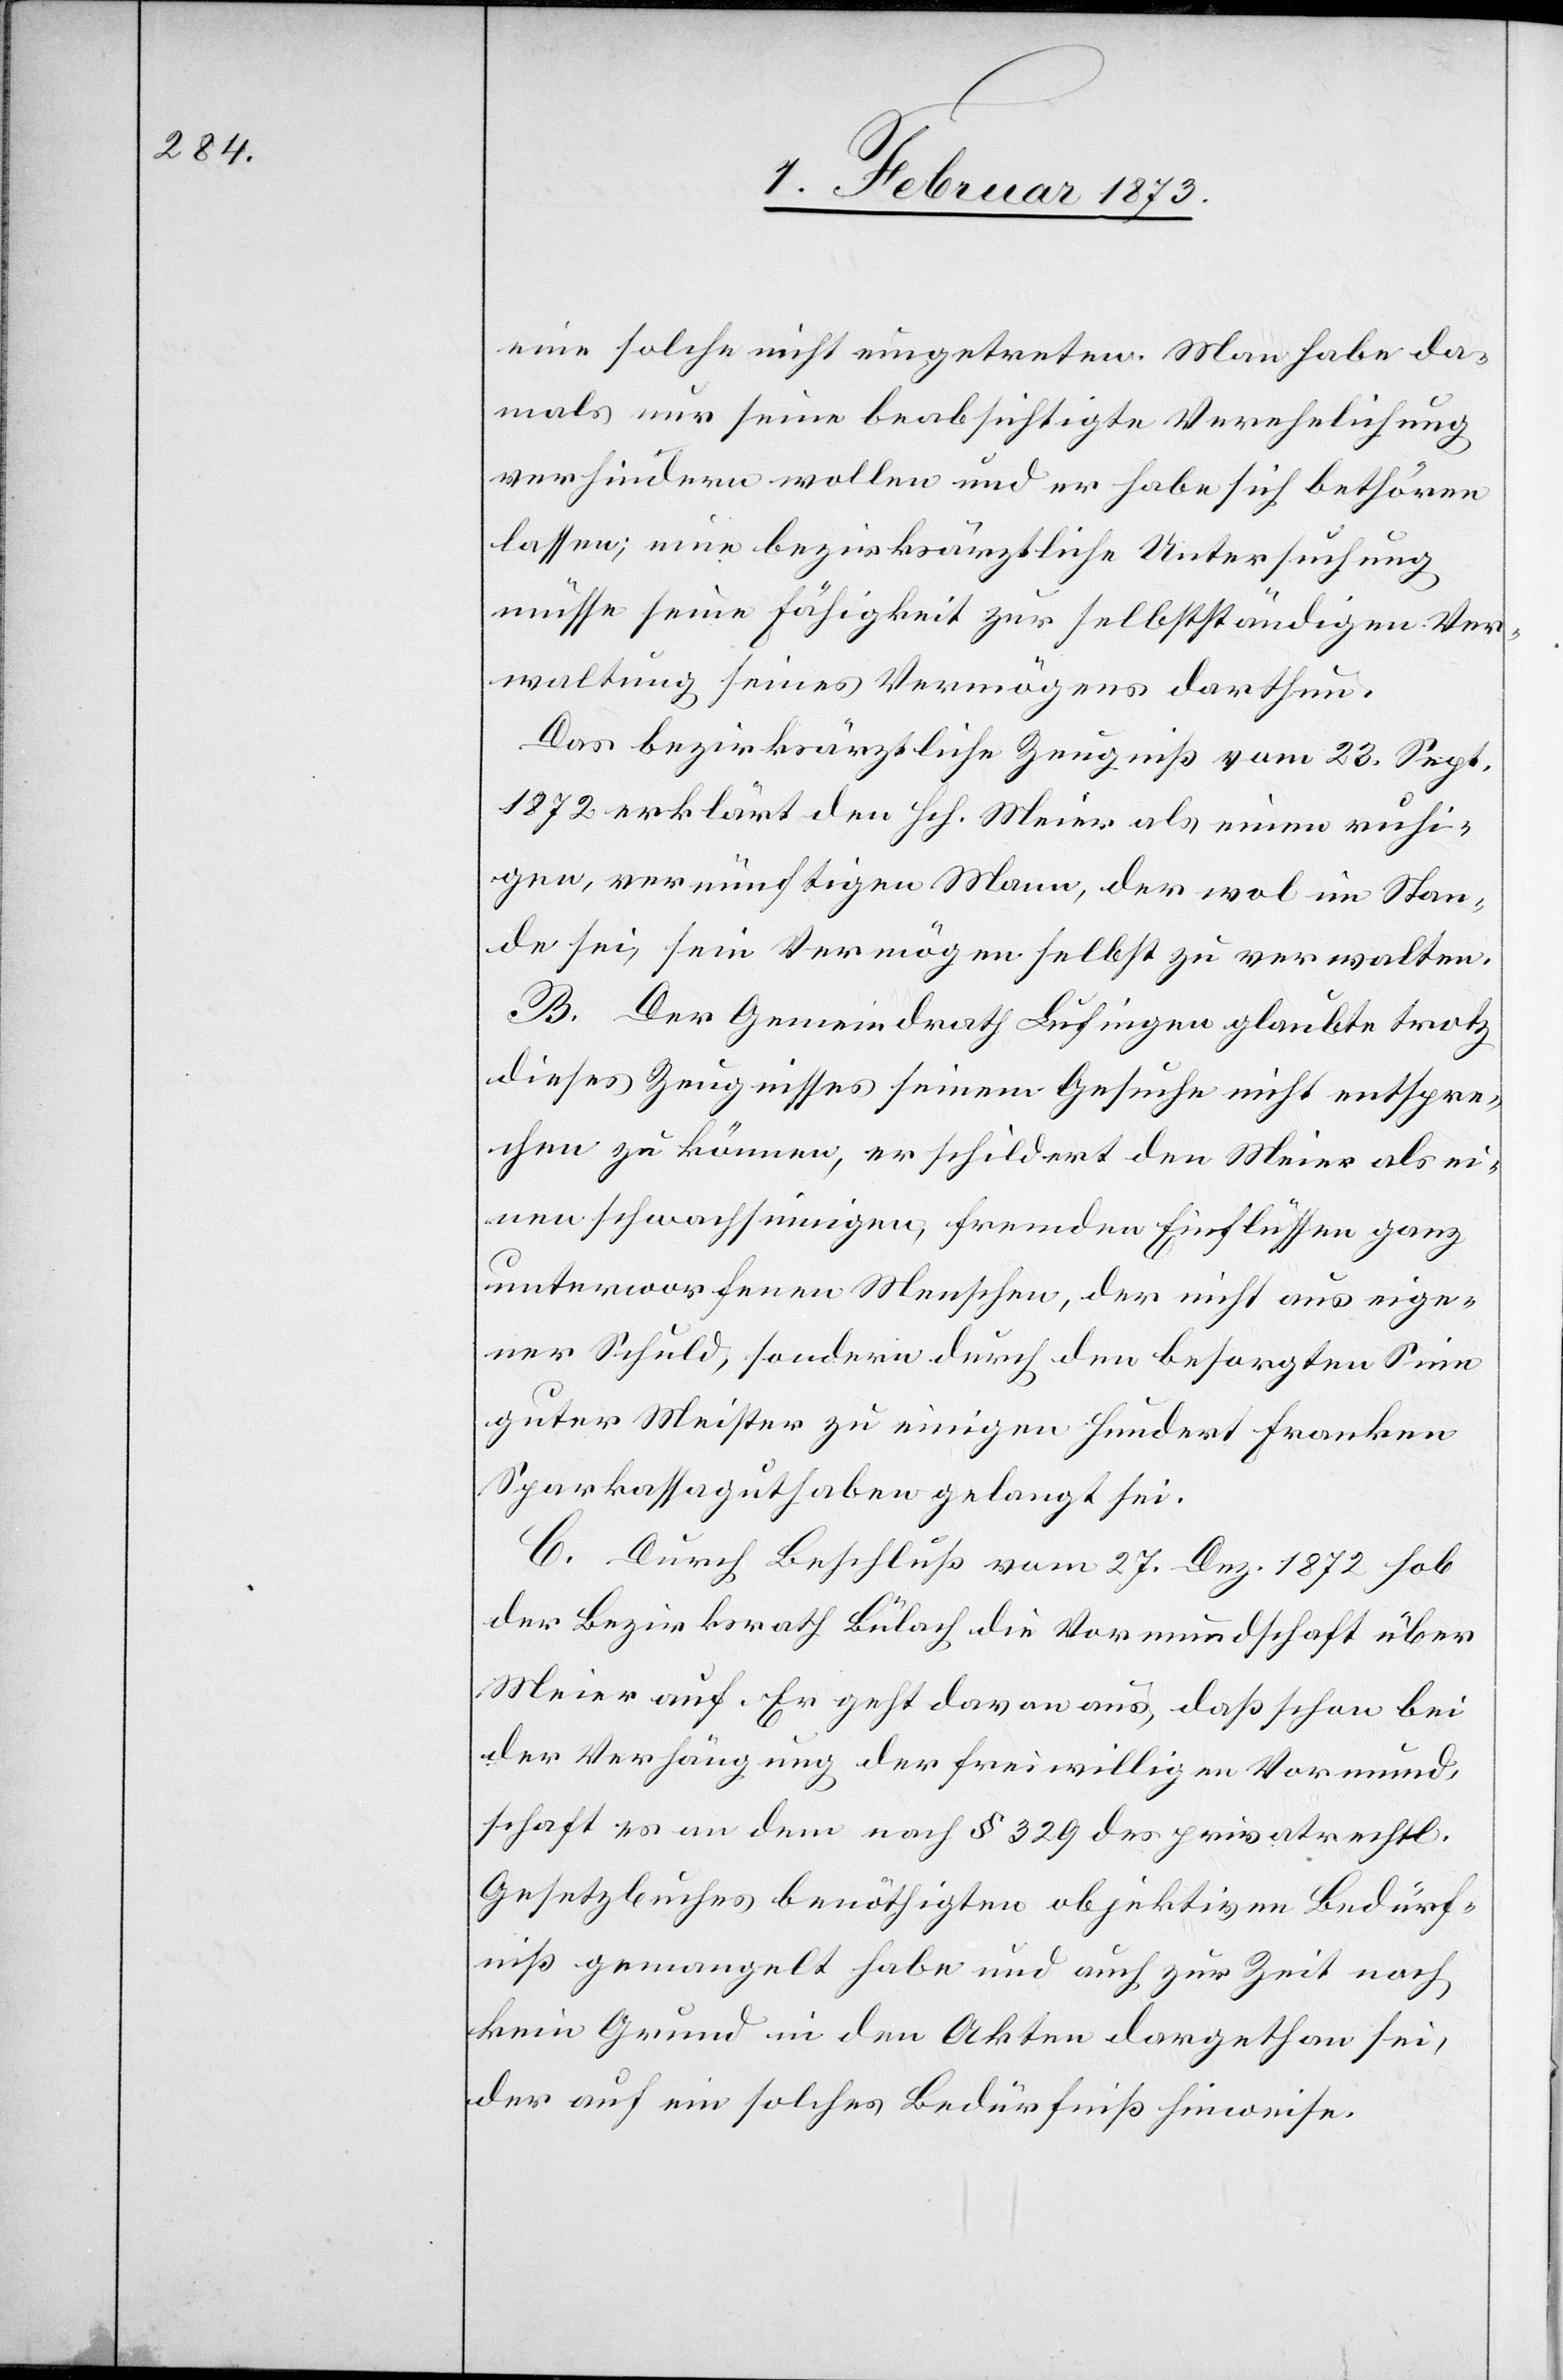
eine solche nicht eingetreten. Man habe da¬
mals nur seine beabsichtigte Verehelichung
verhindern wollen und er habe sich bethören
lassen; eine bezirksärztliche Untersuchung
müsse seine Fähigkeit zur selbstständigen Ver¬
waltung seines Vermögens darthun.
Das bezirksärztliche Zeugniß vom 23. Sept.
1872 erklärt den Hch. Meier als einen ruhi¬
gen, vernünftigen Mann, der wol im Stan¬
de sei, sein Vermögen selbst zu verwalten.
B. Der Gemeindrath Lufingen glaubte trotz
dieses Zeugnisses seinem Gesuche nicht entspre¬
chen zu können, er schildert den Meier als ei¬
nen schwachsinnigen, fremden Einflüssen ganz
unterworfenen Menschen, der nicht aus eige¬
ner Schuld, sondern durch den besorgten Sinn
guter Meister zu einigen Hundert Franken
Sparkassaguthaben gelangt sei.
C. Durch Beschluß vom 27. Dez. 1872 hob
der Bezirksrath Bülach die Vormundschaft über
Meier auf. Er geht davon aus, daß schon bei
der Verhängung der freiwilligen Vormund¬
schaft es an dem nach § 329 des privatrechtl.
Gesetzbuches benöthigten objektiven Bedürf¬
niß gemangelt habe und auch zur Zeit noch
kein Grund in den Akten dargethan sei,
der auf ein solches Bedürfniß hinweise.